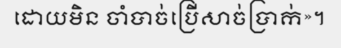
ដោយមិន ចាំបាច់ប្រើសាច់ប្រាក់»។